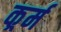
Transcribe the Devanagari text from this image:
कर्र्म